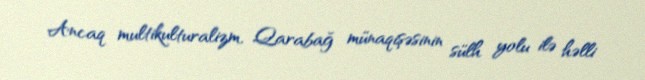
Ancaq multikulturalizm, Qarabağ münaqişəsinin sülh yolu ilə həlli